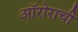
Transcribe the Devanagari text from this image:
ऑरोराची